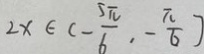
2 x \in ( - \frac { 5 \pi } { 6 } , - \frac { \pi } { 6 } )